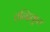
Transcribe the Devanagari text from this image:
तन्दिकूल